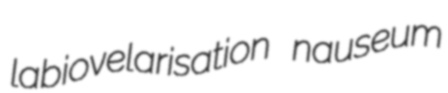
labiovelarisation nauseum